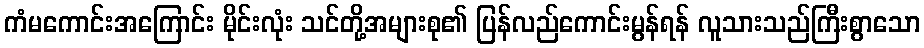
ကံမကောင်းအကြောင်း မိုင်းလုံး သင်တို့အများစု၏ ပြန်လည်ကောင်းမွန်ရန် လူသားသည်ကြီးစွာသော